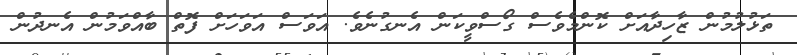
ތަޅުލުމުން ޒާހިދާއަށް ކޮންމެވެސް ގޯސްވީކަން އެނގުނެވެ. އަވަސް އަވަހަށް ފޮތް ބާއްވަމުން އެނދުން